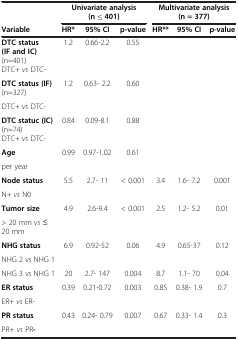
|  | <COLSPAN=3> Univariate analysis (n ≤ 401) | <COLSPAN=3> Multivariate analysis (n = 377) |
 | Variable | HR* | 95% CI | p-value | HR** | 95% CI | p-value |
 | --- | --- | --- | --- | --- | --- | --- |
 | DTC status (IF and IC) (n=401) DTC+ vs DTC- | 1.2 | 0.66-2.2 | 0.55 |  |  |  |
 | DTC status (IF) (n=327) | <ROWSPAN=2> 1.2 | <ROWSPAN=2> 0.63- 2.2 | <ROWSPAN=2> 0.60 |  |  |  |
 | DTC+ vs DTC- |  |  |  |
 | DTC statuc (IC) (n=74) DTC+ vs DTC- | 0.84 | 0.09-8.1 | 0.88 |  |  |  |
 | Age | <ROWSPAN=2> 0.99 | <ROWSPAN=2> 0.97-1.02 | <ROWSPAN=2> 0.61 |  |  |  |
 | per year |  |  |  |
 | Node status | <ROWSPAN=2> 5.5 | <ROWSPAN=2> 2.7- 11 | <ROWSPAN=2> < 0.001 | <ROWSPAN=2> 3.4 | <ROWSPAN=2> 1.6- 7.2 | <ROWSPAN=2> 0.001 |
 | N+ vs N0 |
 | Tumor size | <ROWSPAN=2> 4.9 | <ROWSPAN=2> 2.6-9.4 | <ROWSPAN=2> < 0.001 | <ROWSPAN=2> 2.5 | <ROWSPAN=2> 1.2- 5.2 | <ROWSPAN=2> 0.01 |
 | > 20 mm vs ≤ 20 mm |
 | NHG status | <ROWSPAN=2> 6.9 | <ROWSPAN=2> 0.92-52 | <ROWSPAN=2> 0.06 | <ROWSPAN=2> 4.9 | <ROWSPAN=2> 0.65-37 | <ROWSPAN=2> 0.12 |
 | NHG 2 vs NHG 1 |
 | NHG 3 vs NHG 1 | 20 | 2.7- 147 | 0.004 | 8.7 | 1.1- 70 | 0.04 |
 | ER status | <ROWSPAN=2> 0.39 | <ROWSPAN=2> 0.21-0.72 | <ROWSPAN=2> 0.003 | <ROWSPAN=2> 0.85 | <ROWSPAN=2> 0.38- 1.9 | <ROWSPAN=2> 0.7 |
 | ER+ vs ER- |
 | PR status | 0.43 | 0.24- 0.79 | 0.007 | 0.67 | 0.33- 1.4 | 0.3 |
 | PR+ vs PR- |  |  |  |  |  |  |